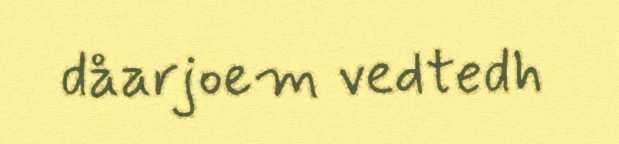
dåarjoem vedtedh